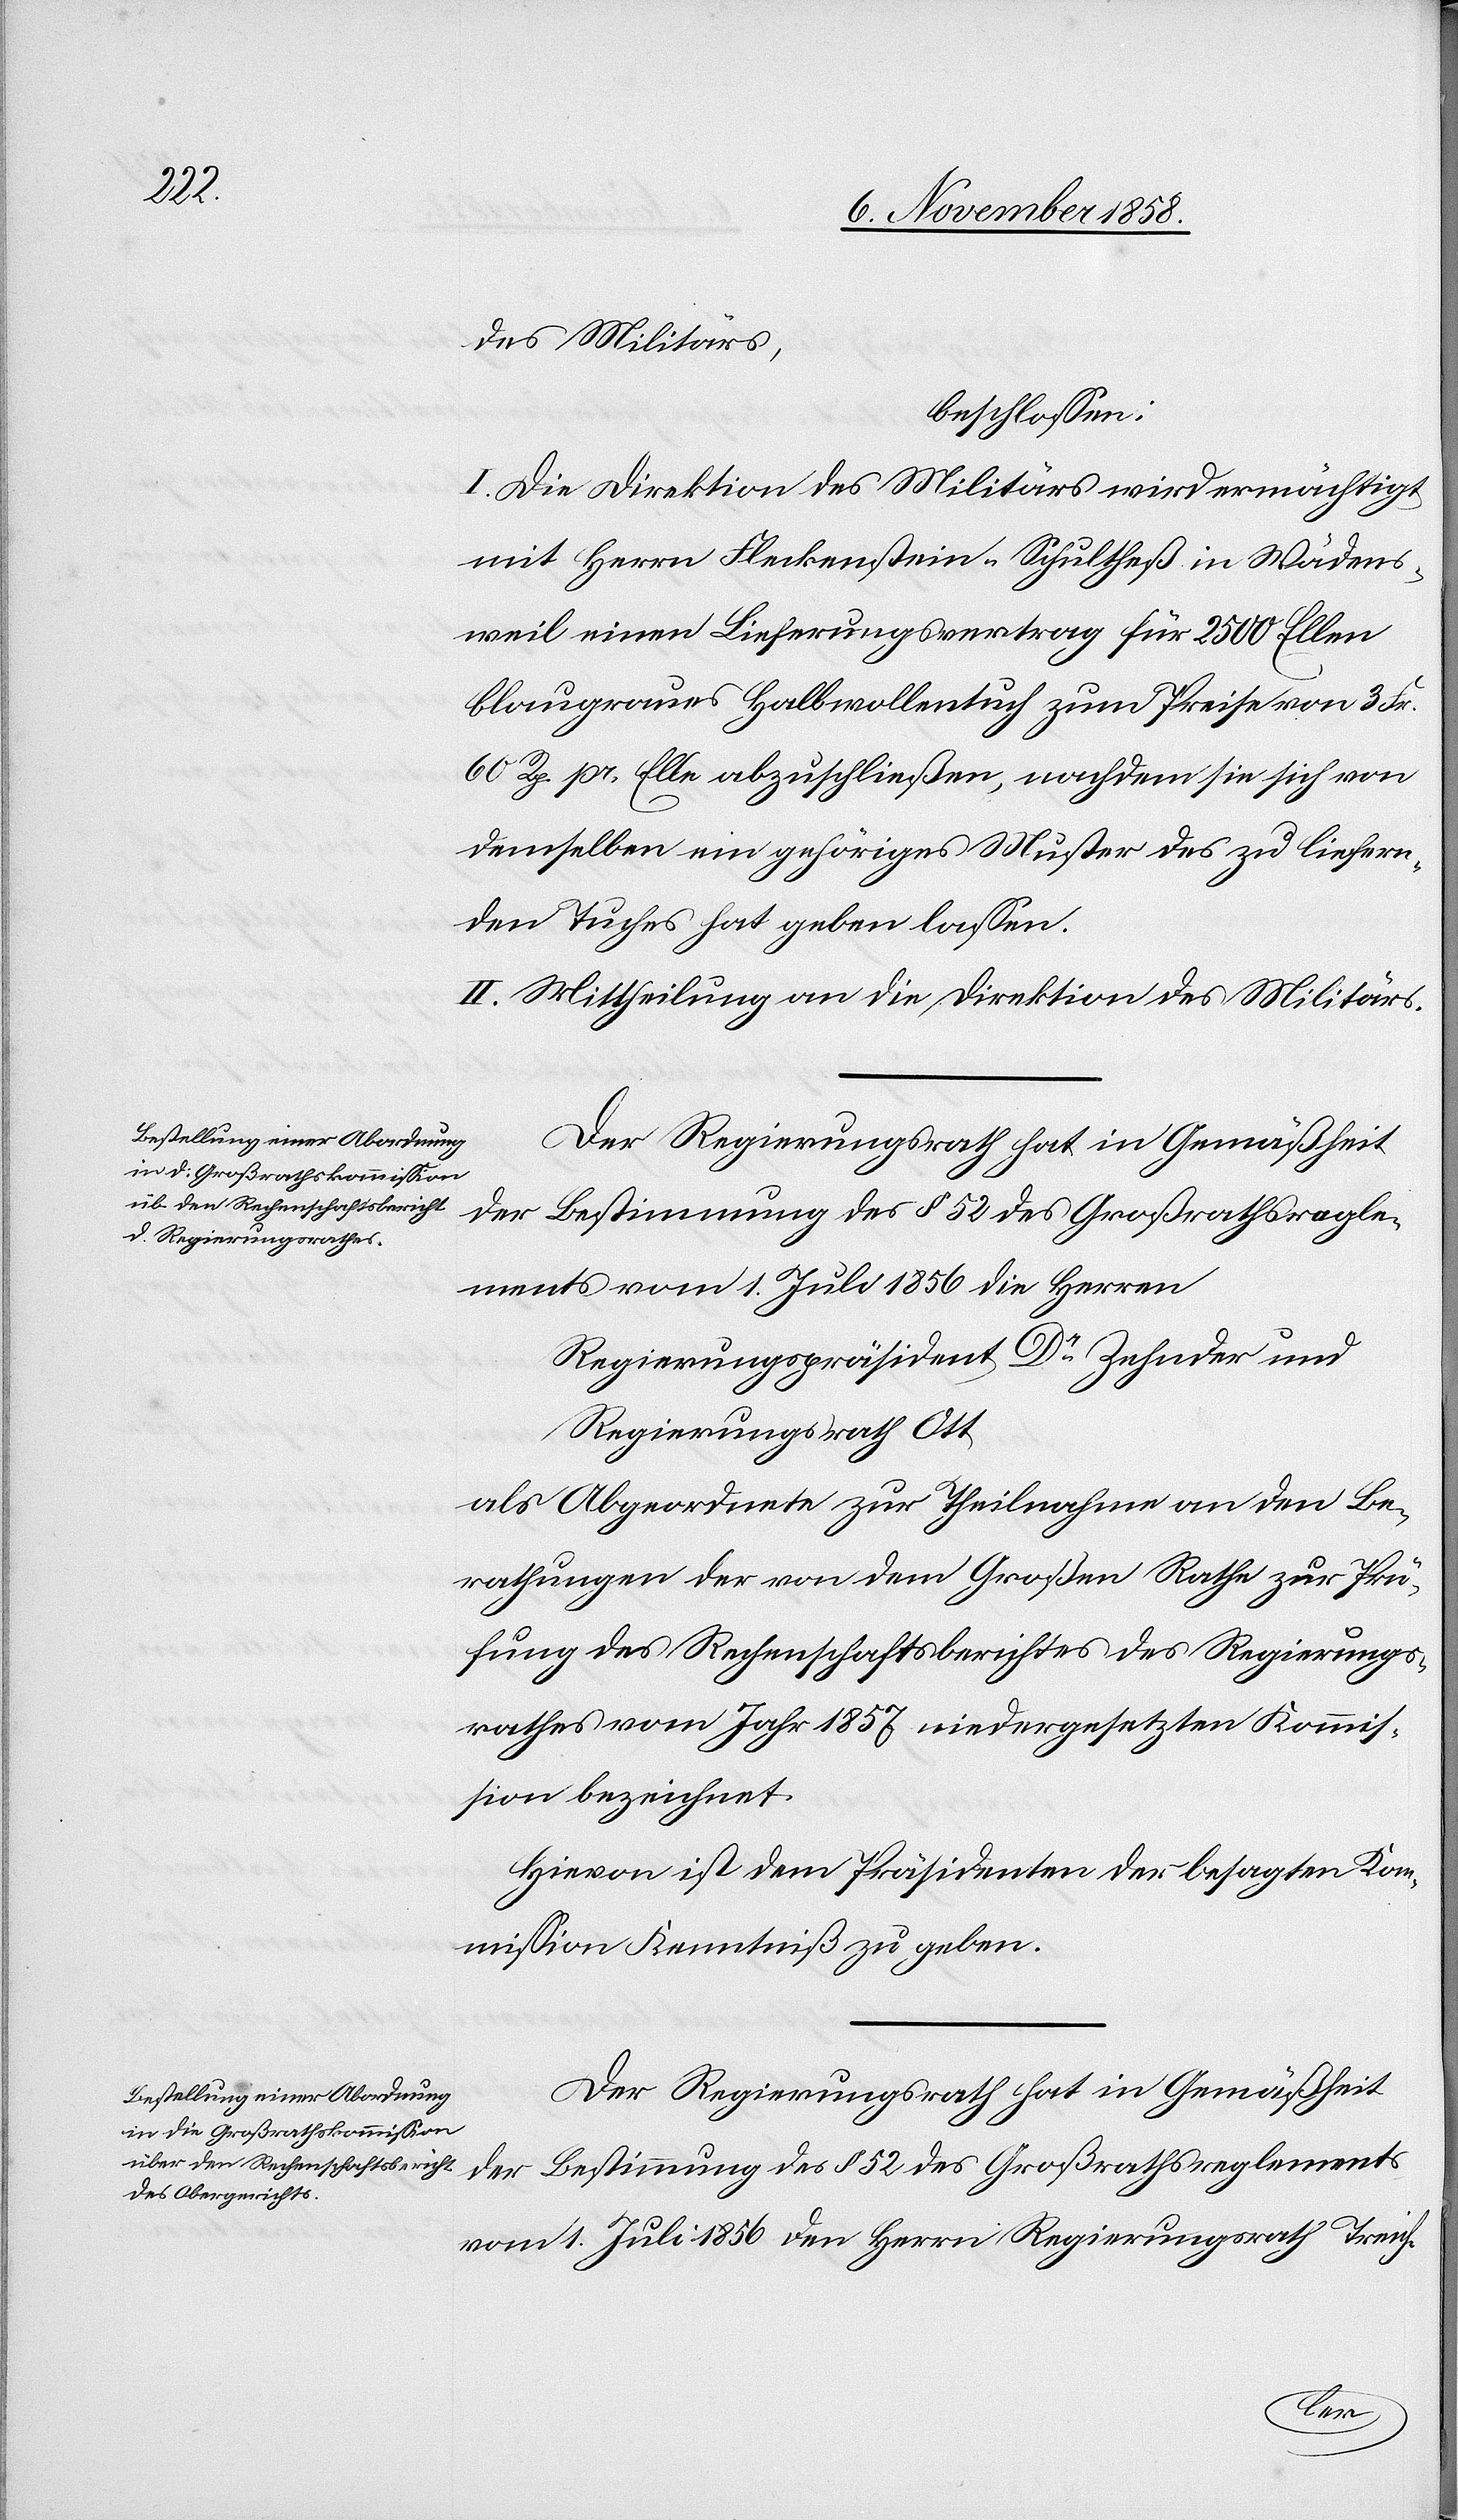
des Militärs,
beschlossen:
I. Die Direktion des Militärs wird ermächtigt,
mit Herrn Fleckenstein-Schultheß in Wädens¬
weil einen Lieferungsvertrag für 2500 Ellen
blaugraues Halbwollentuch zum Preise von 3 Fr.
60 Rp. pr. Elle abzuschließen, nachdem sie sich von
demselben ein gehöriges Muster des zu liefern¬
den Tuches hat geben lassen.
II. Mittheilung an die Direktion des Militärs.
Der Regierungsrath hat in Gemäßheit
der Bestimmung des § 52 des Großrathsregle¬
ments vom 1. Juli 1856 die Herren
Regierungspräsident Dr Zehnder und
Regierungsrath Ott
als Abgeordnete zur Theilnahme an den Be¬
rathungen der von dem Großen Rathe zur Prü¬
fung des Rechenschaftsberichtes des Regierungs¬
rathes vom Jahr 1857 niedergesetzten Kommis¬
sion bezeichnet.
Hievon ist dem Präsidenten der besagten Kom¬
mission Kenntniß zu geben.
Der Regierungsrath hat in Gemäßheit
der Bestimmung des § 52 des Großrathsreglements
vom 1. Juli 1856 den Herrn Regierungsrath Treich-